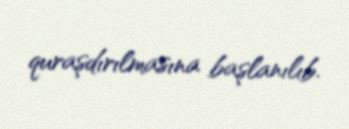
quraşdırılmasına başlanılıb.